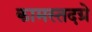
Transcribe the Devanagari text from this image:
कामस्तदग्रे